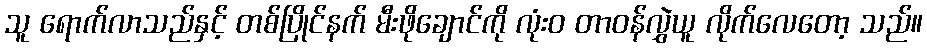
သူ ရောက်လာသည်နှင့် တစ်ပြိုင်နက် မီးဖိုချောင်ကို လုံးဝ တာဝန်လွှဲယူ လိုက်လေတော့ သည်။